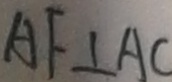
A F \bot A C